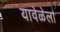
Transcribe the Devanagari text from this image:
यावेळेला